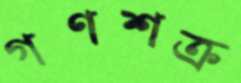
গণশক্র